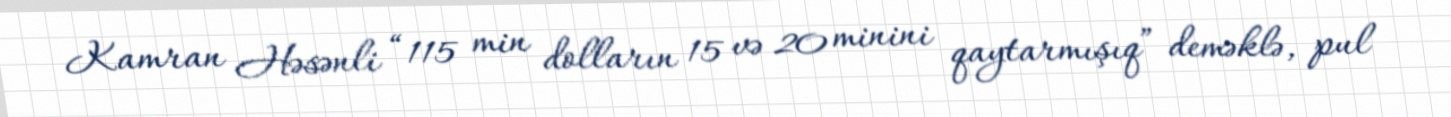
Kamran Həsənli “115 min dolların 15 və 20 minini qaytarmışıq” deməklə, pul